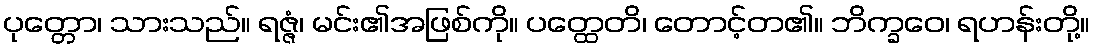
ပုတ္တော၊ သားသည်။ ရဇ္ဇံ၊ မင်း၏အဖြစ်ကို။ ပတ္ထေတိ၊ တောင့်တ၏။ ဘိက္ခဝေ၊ ရဟန်းတို့။